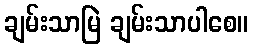
ချမ်းသာမြဲ ချမ်းသာပါစေ။